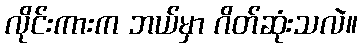
လိုင်းကားက ဘယ်မှာ ဂိတ်ဆုံးသလဲ။